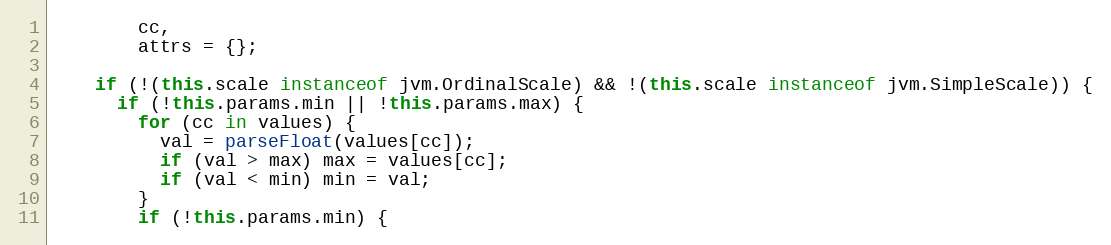
Language: JavaScript
        cc,
        attrs = {};

    if (!(this.scale instanceof jvm.OrdinalScale) && !(this.scale instanceof jvm.SimpleScale)) {
      if (!this.params.min || !this.params.max) {
        for (cc in values) {
          val = parseFloat(values[cc]);
          if (val > max) max = values[cc];
          if (val < min) min = val;
        }
        if (!this.params.min) {